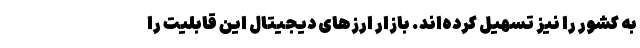
به کشور را نیز تسهیل کرده‌اند. بازار ارز‌های دیجیتال این قابلیت را